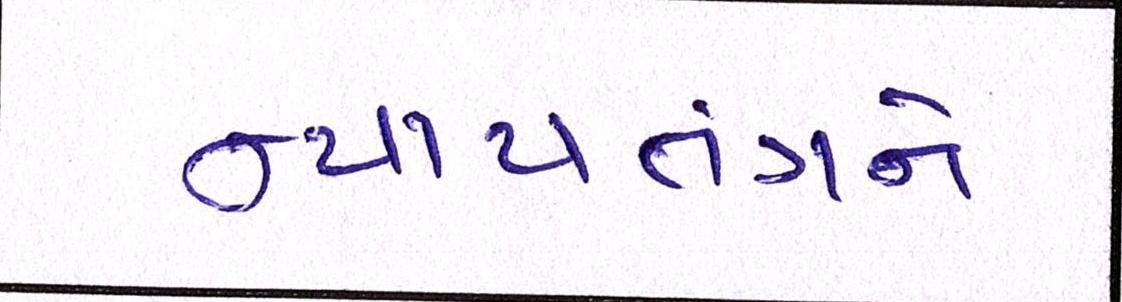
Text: ન્યાયતંત્રને